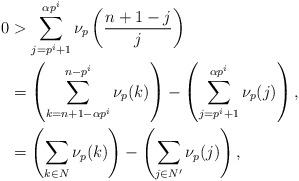
LaTeX: \begin{align*} 0 &> \sum_{j=p^i+1}^{\alpha p^i} \nu_p\left( \frac{n+1-j}{j}\right) \\ &= \left( \sum_{k=n+1-\alpha p^i}^{n-p^i} \nu_p(k)\right) - \left( \sum_{j=p^i+1}^{\alpha p^i}\nu_p(j)\right), \\ &= \left( \sum_{k\in N} \nu_p(k)\right) - \left( \sum_{j\in N^{\prime}} \nu_p(j)\right),\end{align*}